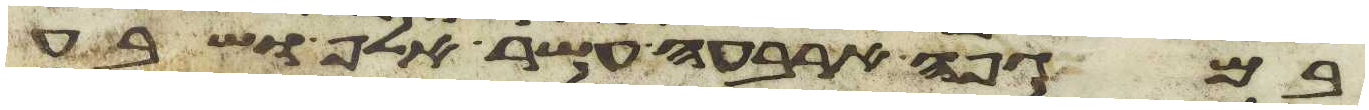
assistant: במגפה ארבעה עשר אלף ושבע